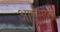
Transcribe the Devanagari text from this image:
आईसाठी